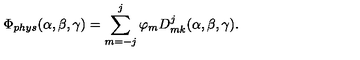
\Phi _ { p h y s } ( \alpha , \beta , \gamma ) = \sum _ { m = - j } ^ { j } \varphi _ { m } D _ { m k } ^ { j } ( \alpha , \beta , \gamma ) .